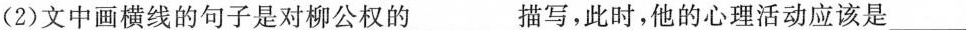
(2)文中画横线的句子是对柳公权的___描写，此时，他的心理活动应该是___